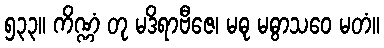
၅၃၃။ ကိဏ္ဏံ တု မဒိရာဗီဇေ၊ မဓု မဓွာသဝေ မတံ။